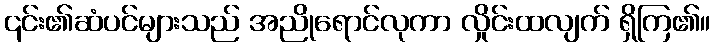
၎င်း၏ဆံပင်များသည် အညိုရောင်လုကာ လှိုင်းထလျက် ရှိကြ၏။